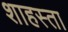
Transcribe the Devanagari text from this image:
शाहस्ता